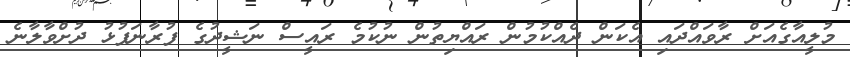
މުލީއާގެއަށް ރާވައްދައި އެކަން ދެއްކުމުން ރައްޔިތުން ނުކުމެ ރައީސް ނަޝީދުގެ ފުރާނަފުޅު ދުށްވާލާނެ